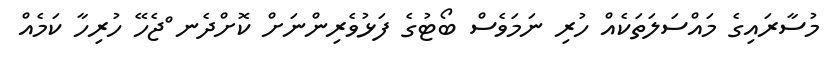
މުސާރައިގެ މައްސަލަތަކެއް ހުރި ނަމަވެސް ބޯޓުގެ ފަޅުވެރިންނަށް ކޮށްދެނ ްޖެހޭ ހުރިހާ ކަމެއް